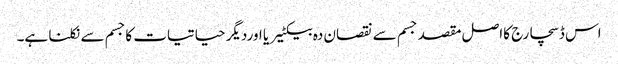
اس ڈسچارج کااصل مقصد جسم سے نقصان دہ بیکٹیریا اوردیگر حیاتیات کاجسم سے نکلنا ہے۔